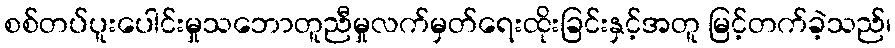
စစ်တပ်ပူးပေါင်းမှုသဘောတူညီမှုလက်မှတ်ရေးထိုးခြင်းနှင့်အတူ မြင့်တက်ခဲ့သည်၊